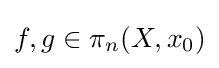
f,g\in \pi _{n}(X,x_{0})